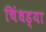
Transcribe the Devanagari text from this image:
चिंधड्या